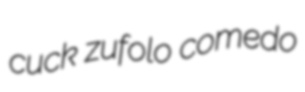
cuck zufolo comedo